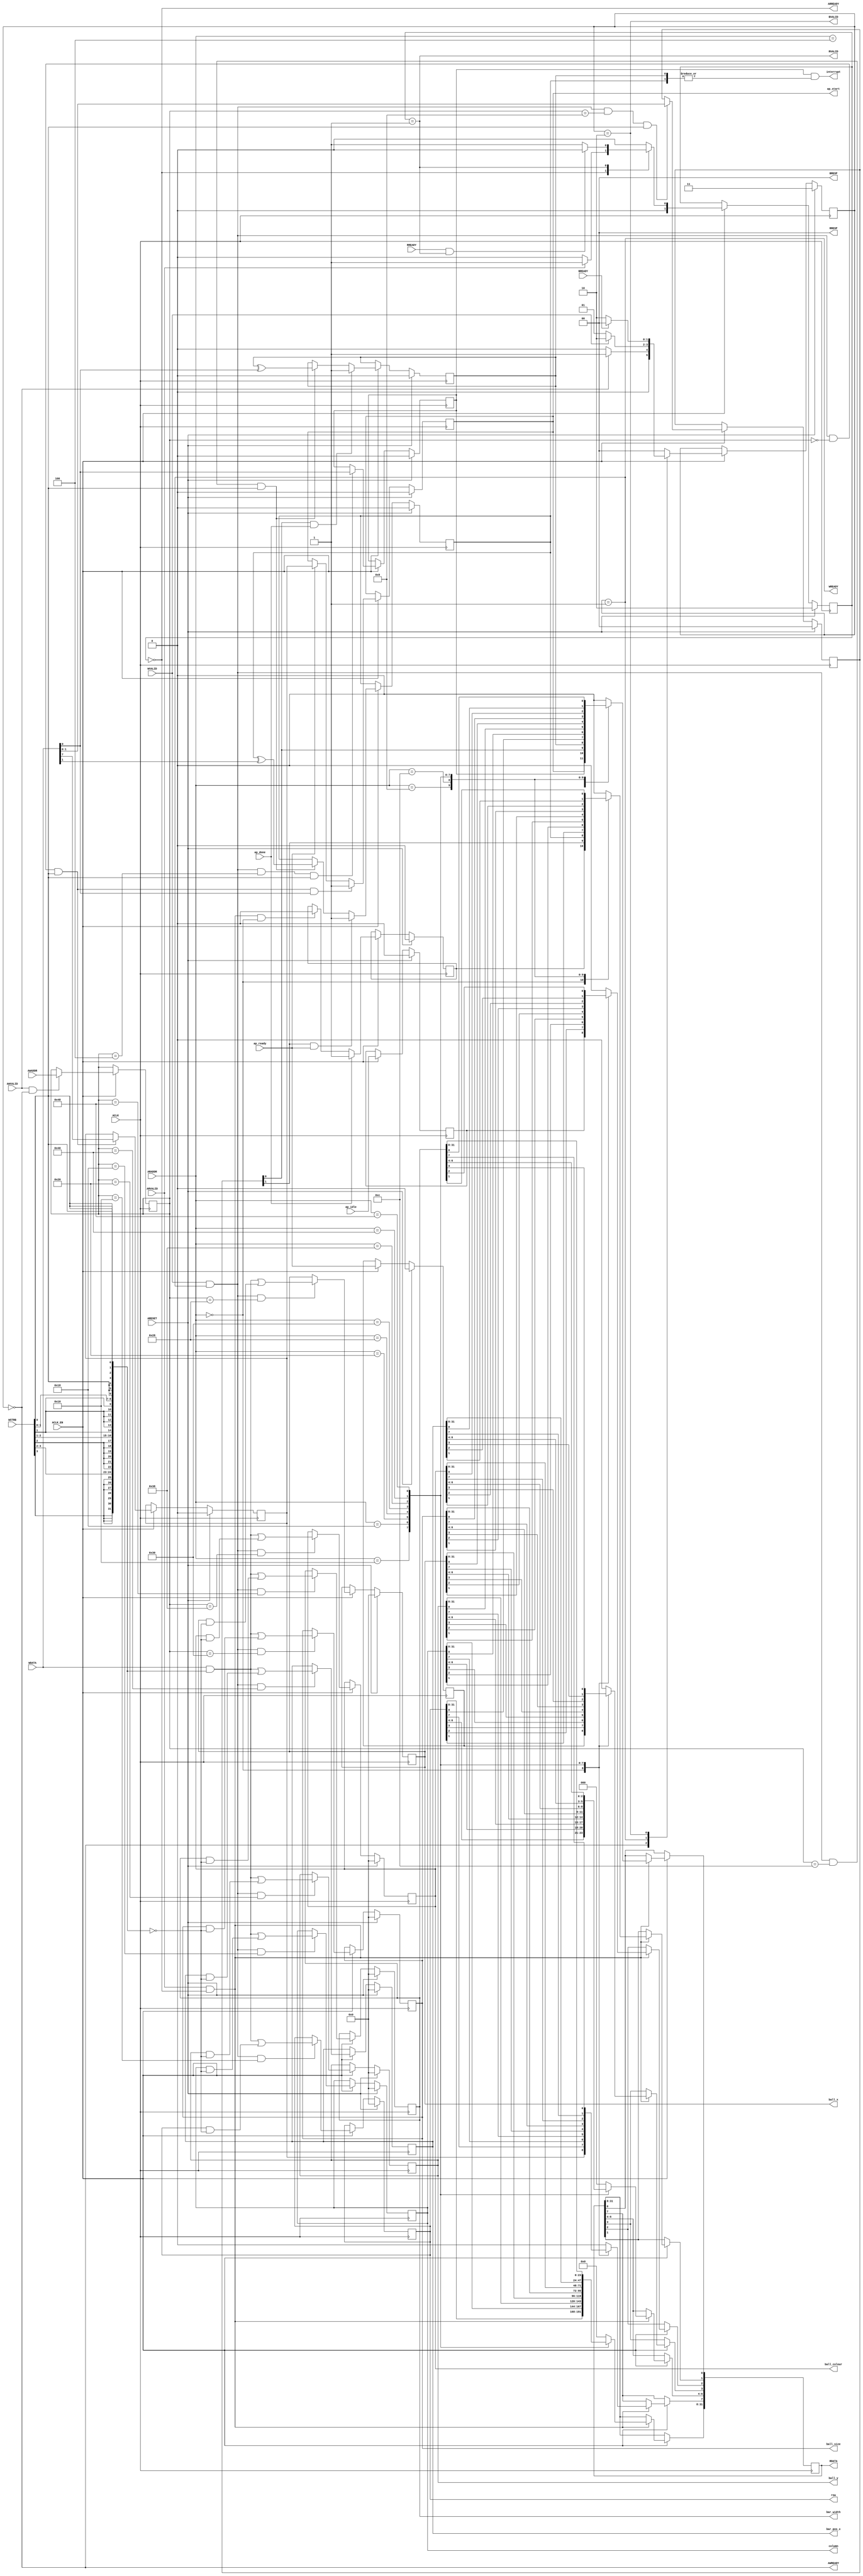
// ==============================================================
// Vivado(TM) HLS - High-Level Synthesis from C, C++ and SystemC v2019.1.1 (64-bit)
// Copyright 1986-2019 Xilinx, Inc. All Rights Reserved.
// ==============================================================
`timescale 1ns/1ps
module hud_gen_AXILiteS_s_axi
#(parameter
    C_S_AXI_ADDR_WIDTH = 7,
    C_S_AXI_DATA_WIDTH = 32
)(
    input  wire                          ACLK,
    input  wire                          ARESET,
    input  wire                          ACLK_EN,
    input  wire [C_S_AXI_ADDR_WIDTH-1:0] AWADDR,
    input  wire                          AWVALID,
    output wire                          AWREADY,
    input  wire [C_S_AXI_DATA_WIDTH-1:0] WDATA,
    input  wire [C_S_AXI_DATA_WIDTH/8-1:0] WSTRB,
    input  wire                          WVALID,
    output wire                          WREADY,
    output wire [1:0]                    BRESP,
    output wire                          BVALID,
    input  wire                          BREADY,
    input  wire [C_S_AXI_ADDR_WIDTH-1:0] ARADDR,
    input  wire                          ARVALID,
    output wire                          ARREADY,
    output wire [C_S_AXI_DATA_WIDTH-1:0] RDATA,
    output wire [1:0]                    RRESP,
    output wire                          RVALID,
    input  wire                          RREADY,
    output wire                          interrupt,
    output wire                          ap_start,
    input  wire                          ap_done,
    input  wire                          ap_ready,
    input  wire                          ap_idle,
    output wire [31:0]                   row,
    output wire [31:0]                   column,
    output wire [31:0]                   ball_y,
    output wire [31:0]                   ball_x,
    output wire [31:0]                   ball_size,
    output wire [31:0]                   ball_colour,
    output wire [31:0]                   bar_pos_x,
    output wire [31:0]                   bar_width
);
//------------------------Address Info-------------------
// 0x00 : Control signals
//        bit 0  - ap_start (Read/Write/COH)
//        bit 1  - ap_done (Read/COR)
//        bit 2  - ap_idle (Read)
//        bit 3  - ap_ready (Read)
//        bit 7  - auto_restart (Read/Write)
//        others - reserved
// 0x04 : Global Interrupt Enable Register
//        bit 0  - Global Interrupt Enable (Read/Write)
//        others - reserved
// 0x08 : IP Interrupt Enable Register (Read/Write)
//        bit 0  - Channel 0 (ap_done)
//        bit 1  - Channel 1 (ap_ready)
//        others - reserved
// 0x0c : IP Interrupt Status Register (Read/TOW)
//        bit 0  - Channel 0 (ap_done)
//        bit 1  - Channel 1 (ap_ready)
//        others - reserved
// 0x10 : Data signal of row
//        bit 31~0 - row[31:0] (Read/Write)
// 0x14 : reserved
// 0x18 : Data signal of column
//        bit 31~0 - column[31:0] (Read/Write)
// 0x1c : reserved
// 0x20 : Data signal of ball_y
//        bit 31~0 - ball_y[31:0] (Read/Write)
// 0x24 : reserved
// 0x28 : Data signal of ball_x
//        bit 31~0 - ball_x[31:0] (Read/Write)
// 0x2c : reserved
// 0x30 : Data signal of ball_size
//        bit 31~0 - ball_size[31:0] (Read/Write)
// 0x34 : reserved
// 0x38 : Data signal of ball_colour
//        bit 31~0 - ball_colour[31:0] (Read/Write)
// 0x3c : reserved
// 0x40 : Data signal of bar_pos_x
//        bit 31~0 - bar_pos_x[31:0] (Read/Write)
// 0x44 : reserved
// 0x48 : Data signal of bar_width
//        bit 31~0 - bar_width[31:0] (Read/Write)
// 0x4c : reserved
// (SC = Self Clear, COR = Clear on Read, TOW = Toggle on Write, COH = Clear on Handshake)

//------------------------Parameter----------------------
localparam
    ADDR_AP_CTRL            = 7'h00,
    ADDR_GIE                = 7'h04,
    ADDR_IER                = 7'h08,
    ADDR_ISR                = 7'h0c,
    ADDR_ROW_DATA_0         = 7'h10,
    ADDR_ROW_CTRL           = 7'h14,
    ADDR_COLUMN_DATA_0      = 7'h18,
    ADDR_COLUMN_CTRL        = 7'h1c,
    ADDR_BALL_Y_DATA_0      = 7'h20,
    ADDR_BALL_Y_CTRL        = 7'h24,
    ADDR_BALL_X_DATA_0      = 7'h28,
    ADDR_BALL_X_CTRL        = 7'h2c,
    ADDR_BALL_SIZE_DATA_0   = 7'h30,
    ADDR_BALL_SIZE_CTRL     = 7'h34,
    ADDR_BALL_COLOUR_DATA_0 = 7'h38,
    ADDR_BALL_COLOUR_CTRL   = 7'h3c,
    ADDR_BAR_POS_X_DATA_0   = 7'h40,
    ADDR_BAR_POS_X_CTRL     = 7'h44,
    ADDR_BAR_WIDTH_DATA_0   = 7'h48,
    ADDR_BAR_WIDTH_CTRL     = 7'h4c,
    WRIDLE                  = 2'd0,
    WRDATA                  = 2'd1,
    WRRESP                  = 2'd2,
    WRRESET                 = 2'd3,
    RDIDLE                  = 2'd0,
    RDDATA                  = 2'd1,
    RDRESET                 = 2'd2,
    ADDR_BITS         = 7;

//------------------------Local signal-------------------
    reg  [1:0]                    wstate = WRRESET;
    reg  [1:0]                    wnext;
    reg  [ADDR_BITS-1:0]          waddr;
    wire [31:0]                   wmask;
    wire                          aw_hs;
    wire                          w_hs;
    reg  [1:0]                    rstate = RDRESET;
    reg  [1:0]                    rnext;
    reg  [31:0]                   rdata;
    wire                          ar_hs;
    wire [ADDR_BITS-1:0]          raddr;
    // internal registers
    reg                           int_ap_idle;
    reg                           int_ap_ready;
    reg                           int_ap_done = 1'b0;
    reg                           int_ap_start = 1'b0;
    reg                           int_auto_restart = 1'b0;
    reg                           int_gie = 1'b0;
    reg  [1:0]                    int_ier = 2'b0;
    reg  [1:0]                    int_isr = 2'b0;
    reg  [31:0]                   int_row = 'b0;
    reg  [31:0]                   int_column = 'b0;
    reg  [31:0]                   int_ball_y = 'b0;
    reg  [31:0]                   int_ball_x = 'b0;
    reg  [31:0]                   int_ball_size = 'b0;
    reg  [31:0]                   int_ball_colour = 'b0;
    reg  [31:0]                   int_bar_pos_x = 'b0;
    reg  [31:0]                   int_bar_width = 'b0;

//------------------------Instantiation------------------

//------------------------AXI write fsm------------------
assign AWREADY = (wstate == WRIDLE);
assign WREADY  = (wstate == WRDATA);
assign BRESP   = 2'b00;  // OKAY
assign BVALID  = (wstate == WRRESP);
assign wmask   = { {8{WSTRB[3]}}, {8{WSTRB[2]}}, {8{WSTRB[1]}}, {8{WSTRB[0]}} };
assign aw_hs   = AWVALID & AWREADY;
assign w_hs    = WVALID & WREADY;

// wstate
always @(posedge ACLK) begin
    if (ARESET)
        wstate <= WRRESET;
    else if (ACLK_EN)
        wstate <= wnext;
end

// wnext
always @(*) begin
    case (wstate)
        WRIDLE:
            if (AWVALID)
                wnext = WRDATA;
            else
                wnext = WRIDLE;
        WRDATA:
            if (WVALID)
                wnext = WRRESP;
            else
                wnext = WRDATA;
        WRRESP:
            if (BREADY)
                wnext = WRIDLE;
            else
                wnext = WRRESP;
        default:
            wnext = WRIDLE;
    endcase
end

// waddr
always @(posedge ACLK) begin
    if (ACLK_EN) begin
        if (aw_hs)
            waddr <= AWADDR[ADDR_BITS-1:0];
    end
end

//------------------------AXI read fsm-------------------
assign ARREADY = (rstate == RDIDLE);
assign RDATA   = rdata;
assign RRESP   = 2'b00;  // OKAY
assign RVALID  = (rstate == RDDATA);
assign ar_hs   = ARVALID & ARREADY;
assign raddr   = ARADDR[ADDR_BITS-1:0];

// rstate
always @(posedge ACLK) begin
    if (ARESET)
        rstate <= RDRESET;
    else if (ACLK_EN)
        rstate <= rnext;
end

// rnext
always @(*) begin
    case (rstate)
        RDIDLE:
            if (ARVALID)
                rnext = RDDATA;
            else
                rnext = RDIDLE;
        RDDATA:
            if (RREADY & RVALID)
                rnext = RDIDLE;
            else
                rnext = RDDATA;
        default:
            rnext = RDIDLE;
    endcase
end

// rdata
always @(posedge ACLK) begin
    if (ACLK_EN) begin
        if (ar_hs) begin
            rdata <= 1'b0;
            case (raddr)
                ADDR_AP_CTRL: begin
                    rdata[0] <= int_ap_start;
                    rdata[1] <= int_ap_done;
                    rdata[2] <= int_ap_idle;
                    rdata[3] <= int_ap_ready;
                    rdata[7] <= int_auto_restart;
                end
                ADDR_GIE: begin
                    rdata <= int_gie;
                end
                ADDR_IER: begin
                    rdata <= int_ier;
                end
                ADDR_ISR: begin
                    rdata <= int_isr;
                end
                ADDR_ROW_DATA_0: begin
                    rdata <= int_row[31:0];
                end
                ADDR_COLUMN_DATA_0: begin
                    rdata <= int_column[31:0];
                end
                ADDR_BALL_Y_DATA_0: begin
                    rdata <= int_ball_y[31:0];
                end
                ADDR_BALL_X_DATA_0: begin
                    rdata <= int_ball_x[31:0];
                end
                ADDR_BALL_SIZE_DATA_0: begin
                    rdata <= int_ball_size[31:0];
                end
                ADDR_BALL_COLOUR_DATA_0: begin
                    rdata <= int_ball_colour[31:0];
                end
                ADDR_BAR_POS_X_DATA_0: begin
                    rdata <= int_bar_pos_x[31:0];
                end
                ADDR_BAR_WIDTH_DATA_0: begin
                    rdata <= int_bar_width[31:0];
                end
            endcase
        end
    end
end


//------------------------Register logic-----------------
assign interrupt   = int_gie & (|int_isr);
assign ap_start    = int_ap_start;
assign row         = int_row;
assign column      = int_column;
assign ball_y      = int_ball_y;
assign ball_x      = int_ball_x;
assign ball_size   = int_ball_size;
assign ball_colour = int_ball_colour;
assign bar_pos_x   = int_bar_pos_x;
assign bar_width   = int_bar_width;
// int_ap_start
always @(posedge ACLK) begin
    if (ARESET)
        int_ap_start <= 1'b0;
    else if (ACLK_EN) begin
        if (w_hs && waddr == ADDR_AP_CTRL && WSTRB[0] && WDATA[0])
            int_ap_start <= 1'b1;
        else if (ap_ready)
            int_ap_start <= int_auto_restart; // clear on handshake/auto restart
    end
end

// int_ap_done
always @(posedge ACLK) begin
    if (ARESET)
        int_ap_done <= 1'b0;
    else if (ACLK_EN) begin
        if (ap_done)
            int_ap_done <= 1'b1;
        else if (ar_hs && raddr == ADDR_AP_CTRL)
            int_ap_done <= 1'b0; // clear on read
    end
end

// int_ap_idle
always @(posedge ACLK) begin
    if (ARESET)
        int_ap_idle <= 1'b0;
    else if (ACLK_EN) begin
            int_ap_idle <= ap_idle;
    end
end

// int_ap_ready
always @(posedge ACLK) begin
    if (ARESET)
        int_ap_ready <= 1'b0;
    else if (ACLK_EN) begin
            int_ap_ready <= ap_ready;
    end
end

// int_auto_restart
always @(posedge ACLK) begin
    if (ARESET)
        int_auto_restart <= 1'b0;
    else if (ACLK_EN) begin
        if (w_hs && waddr == ADDR_AP_CTRL && WSTRB[0])
            int_auto_restart <=  WDATA[7];
    end
end

// int_gie
always @(posedge ACLK) begin
    if (ARESET)
        int_gie <= 1'b0;
    else if (ACLK_EN) begin
        if (w_hs && waddr == ADDR_GIE && WSTRB[0])
            int_gie <= WDATA[0];
    end
end

// int_ier
always @(posedge ACLK) begin
    if (ARESET)
        int_ier <= 1'b0;
    else if (ACLK_EN) begin
        if (w_hs && waddr == ADDR_IER && WSTRB[0])
            int_ier <= WDATA[1:0];
    end
end

// int_isr[0]
always @(posedge ACLK) begin
    if (ARESET)
        int_isr[0] <= 1'b0;
    else if (ACLK_EN) begin
        if (int_ier[0] & ap_done)
            int_isr[0] <= 1'b1;
        else if (w_hs && waddr == ADDR_ISR && WSTRB[0])
            int_isr[0] <= int_isr[0] ^ WDATA[0]; // toggle on write
    end
end

// int_isr[1]
always @(posedge ACLK) begin
    if (ARESET)
        int_isr[1] <= 1'b0;
    else if (ACLK_EN) begin
        if (int_ier[1] & ap_ready)
            int_isr[1] <= 1'b1;
        else if (w_hs && waddr == ADDR_ISR && WSTRB[0])
            int_isr[1] <= int_isr[1] ^ WDATA[1]; // toggle on write
    end
end

// int_row[31:0]
always @(posedge ACLK) begin
    if (ARESET)
        int_row[31:0] <= 0;
    else if (ACLK_EN) begin
        if (w_hs && waddr == ADDR_ROW_DATA_0)
            int_row[31:0] <= (WDATA[31:0] & wmask) | (int_row[31:0] & ~wmask);
    end
end

// int_column[31:0]
always @(posedge ACLK) begin
    if (ARESET)
        int_column[31:0] <= 0;
    else if (ACLK_EN) begin
        if (w_hs && waddr == ADDR_COLUMN_DATA_0)
            int_column[31:0] <= (WDATA[31:0] & wmask) | (int_column[31:0] & ~wmask);
    end
end

// int_ball_y[31:0]
always @(posedge ACLK) begin
    if (ARESET)
        int_ball_y[31:0] <= 0;
    else if (ACLK_EN) begin
        if (w_hs && waddr == ADDR_BALL_Y_DATA_0)
            int_ball_y[31:0] <= (WDATA[31:0] & wmask) | (int_ball_y[31:0] & ~wmask);
    end
end

// int_ball_x[31:0]
always @(posedge ACLK) begin
    if (ARESET)
        int_ball_x[31:0] <= 0;
    else if (ACLK_EN) begin
        if (w_hs && waddr == ADDR_BALL_X_DATA_0)
            int_ball_x[31:0] <= (WDATA[31:0] & wmask) | (int_ball_x[31:0] & ~wmask);
    end
end

// int_ball_size[31:0]
always @(posedge ACLK) begin
    if (ARESET)
        int_ball_size[31:0] <= 0;
    else if (ACLK_EN) begin
        if (w_hs && waddr == ADDR_BALL_SIZE_DATA_0)
            int_ball_size[31:0] <= (WDATA[31:0] & wmask) | (int_ball_size[31:0] & ~wmask);
    end
end

// int_ball_colour[31:0]
always @(posedge ACLK) begin
    if (ARESET)
        int_ball_colour[31:0] <= 0;
    else if (ACLK_EN) begin
        if (w_hs && waddr == ADDR_BALL_COLOUR_DATA_0)
            int_ball_colour[31:0] <= (WDATA[31:0] & wmask) | (int_ball_colour[31:0] & ~wmask);
    end
end

// int_bar_pos_x[31:0]
always @(posedge ACLK) begin
    if (ARESET)
        int_bar_pos_x[31:0] <= 0;
    else if (ACLK_EN) begin
        if (w_hs && waddr == ADDR_BAR_POS_X_DATA_0)
            int_bar_pos_x[31:0] <= (WDATA[31:0] & wmask) | (int_bar_pos_x[31:0] & ~wmask);
    end
end

// int_bar_width[31:0]
always @(posedge ACLK) begin
    if (ARESET)
        int_bar_width[31:0] <= 0;
    else if (ACLK_EN) begin
        if (w_hs && waddr == ADDR_BAR_WIDTH_DATA_0)
            int_bar_width[31:0] <= (WDATA[31:0] & wmask) | (int_bar_width[31:0] & ~wmask);
    end
end


//------------------------Memory logic-------------------

endmodule